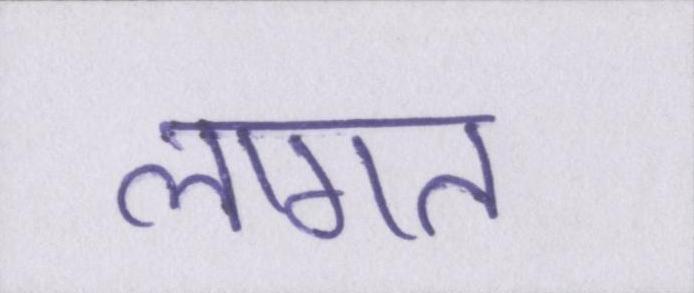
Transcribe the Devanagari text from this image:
लागत